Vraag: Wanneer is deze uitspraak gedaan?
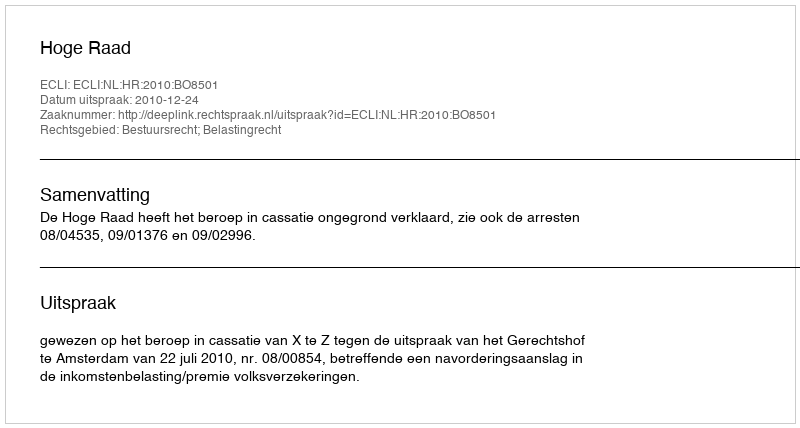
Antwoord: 2010-12-24